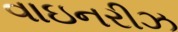
વાઇનરીઝ